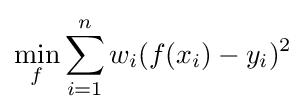
\min _{f}\sum _{i=1}^{n}w_{i}(f(x_{i})-y_{i})^{2}